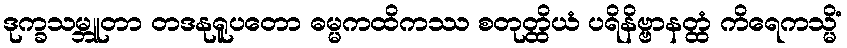
ဒုက္ခသမ္ဘူတာ တဒနုရူပတော ဓမ္မကထိကဿ စတုတ္ထိယံ ပရိနိဗ္ဗာနတ္ထံ ကိရေကသ္မိံ